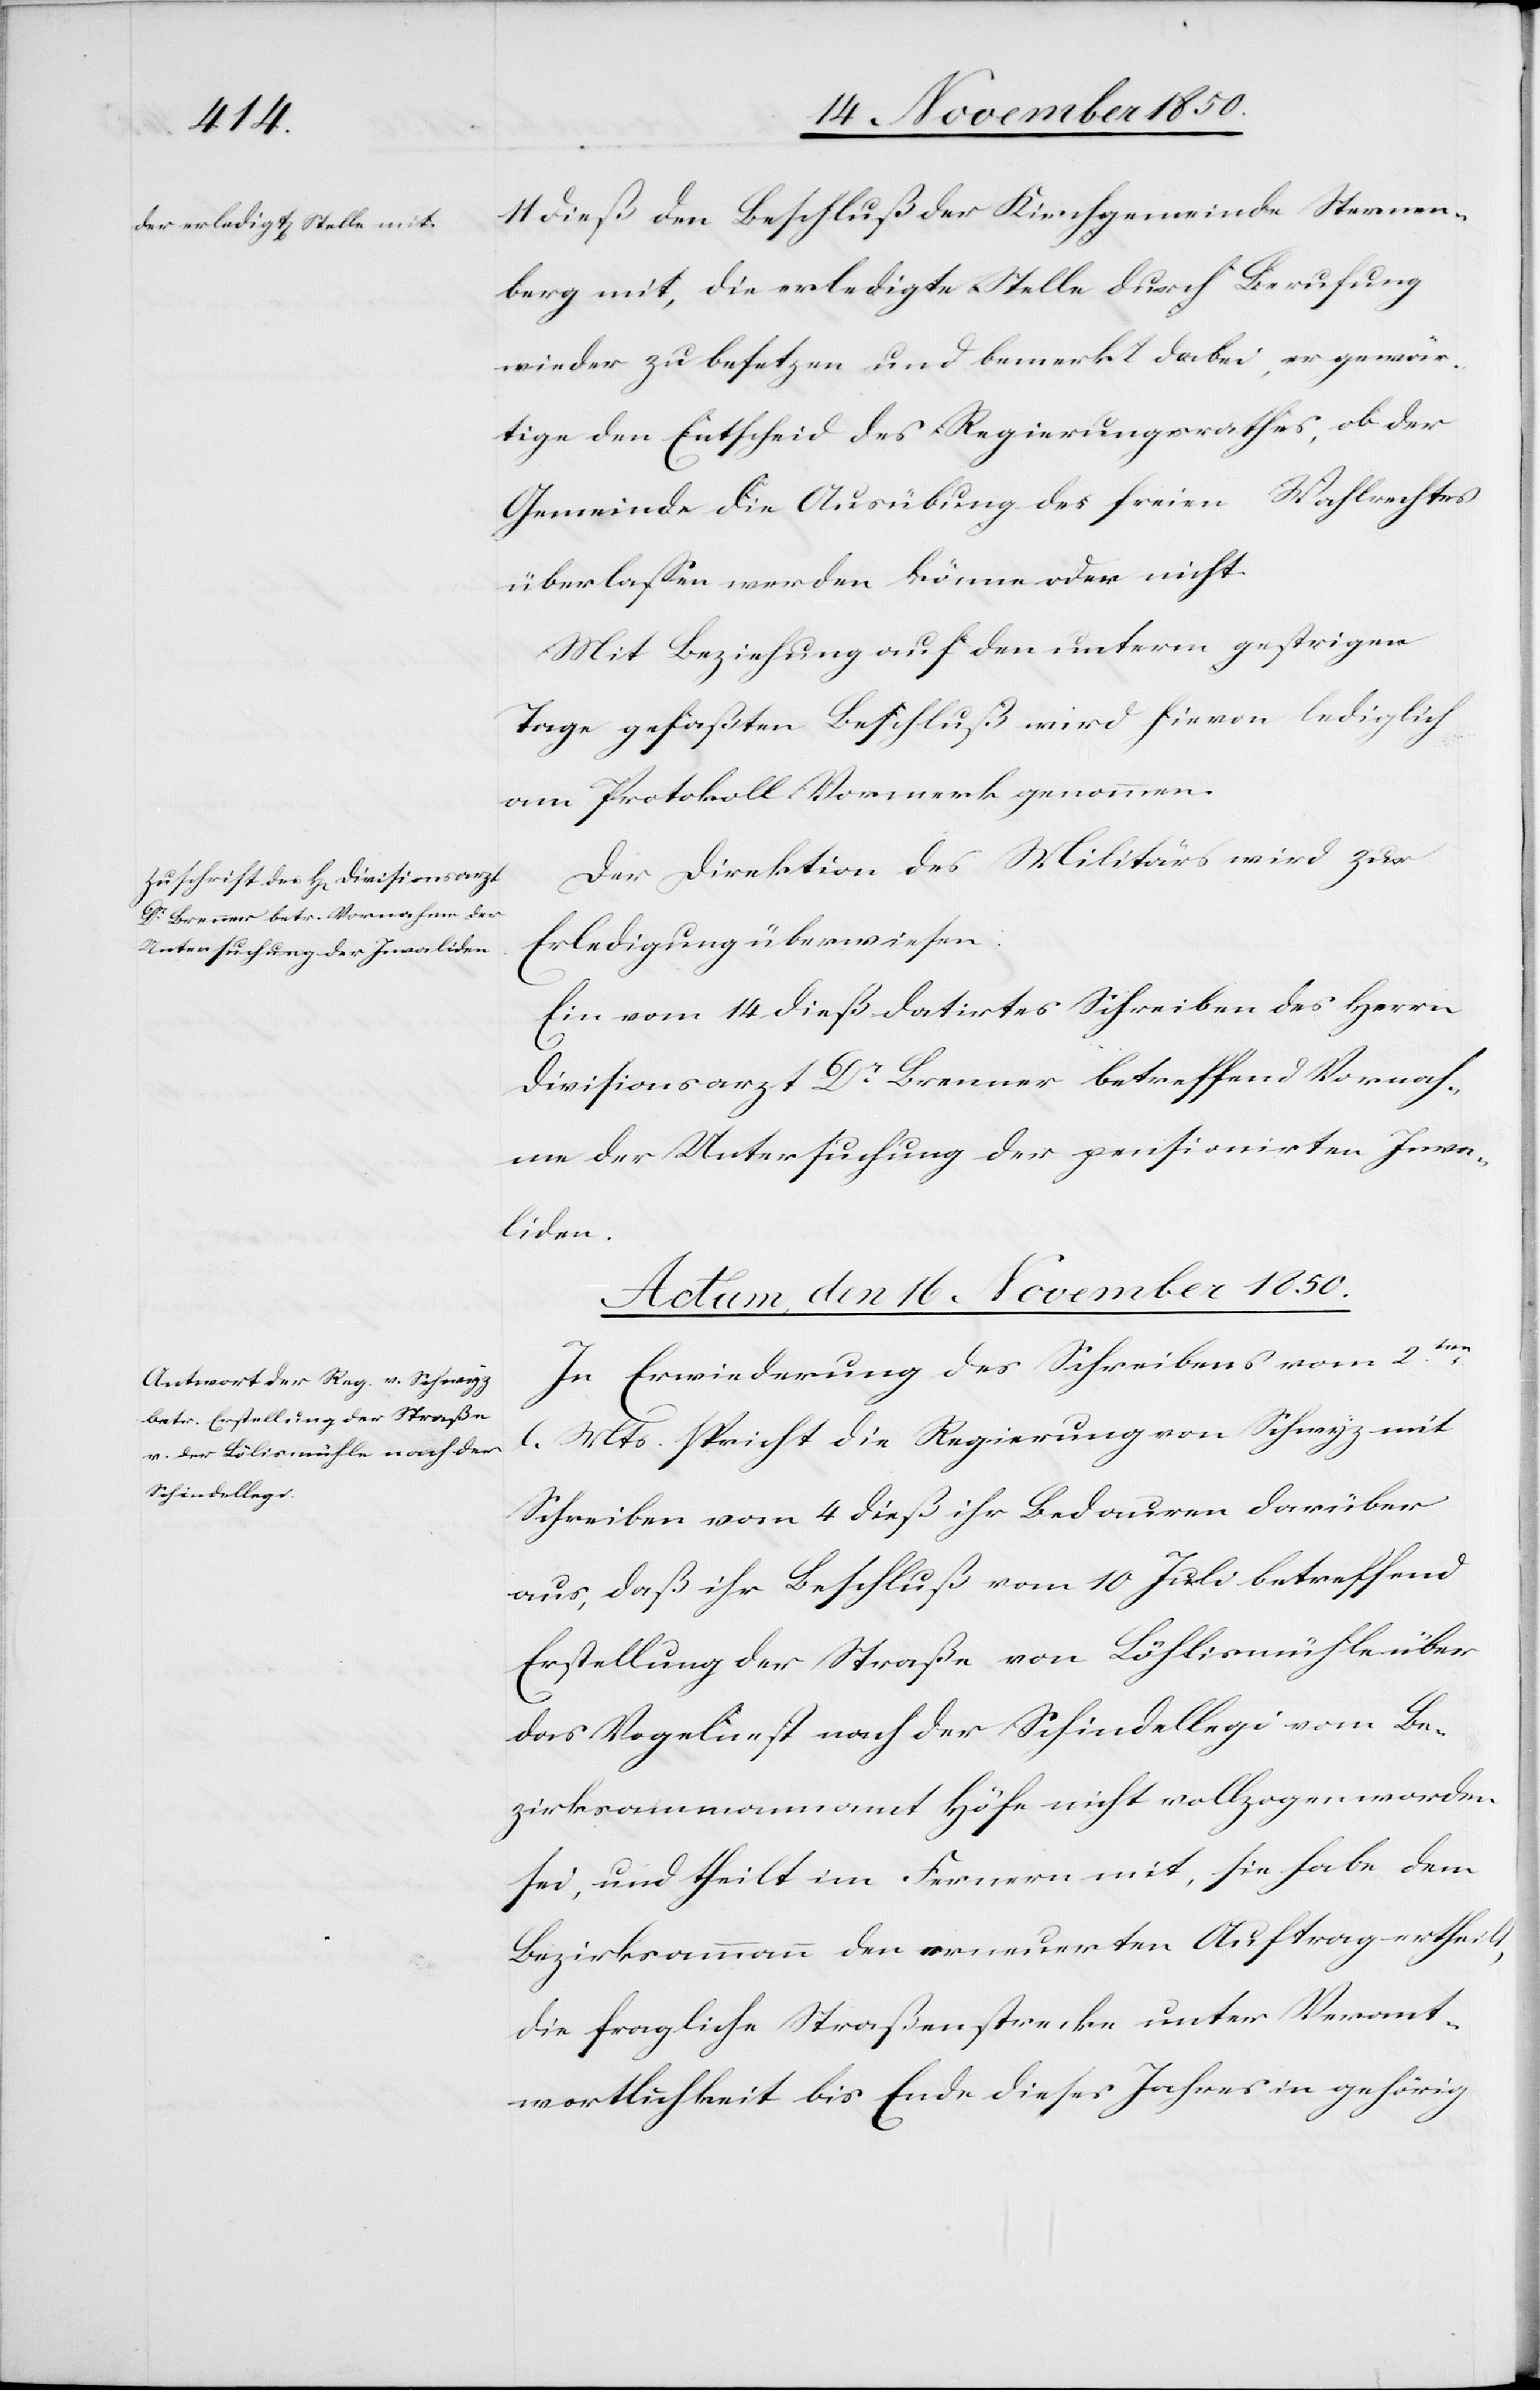
11 dieß den Beschluß der Kirchgemeinde Sternen¬
berg mit, die erledigte Stelle durch Berufung
wieder zu besetzen und bemerkt dabei, er gewär¬
tige den Entscheid des Regierungsrathes, ob der
Gemeinde die Ausübung des freien Wahlrechtes
überlassen werden könne oder nicht.
Mit Beziehung auf den unterm gestrigen
Tage gefaßten Beschluß wird hievon lediglich
am Protokoll Vormerk genommen.
Der Direktion des Militärs wird zur
Erledigung überwiesen:
Ein vom 14 dieß datirtes Schreiben des Herrn
Divisionsarzt Dr Brenner betreffend Vornah¬
me der Untersuchung der pensionirten Inva¬
liden.
Actum, den 16 November 1850.
In Erwiederung des Schreibens vom 2ten
Mts. spricht die Regierung von Schwyz mit
l.
Schreiben vom 4 dieß ihr Bedauren darüber
aus, daß ihr Beschluß vom 10 Juli betreffend
Erstellung der Straße von Löhlismühle über
das Vogelnest nach der Schindellegi vom Be¬
zirksammannamt Höfe nicht vollzogen worden
sei, und theilt im Fernern mit, sie habe dem
Bezirksammann den erneuerten Auftrag ertheilt,
die fragliche Straßenstrecke unter Verant¬
wortlichkeit bis Ende dieses Jahres in gehörig